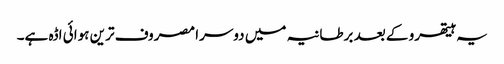
یہ ہیتھرو کے بعد برطانیہ میں دوسرا مصروف ترین ہوائی اڈہ ہے۔